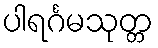
ပါရင်္ဂမသုတ္တ